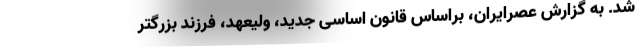
شد. به گزارش عصرایران، براساس قانون اساسی جدید، ولیعهد، فرزند بزرگتر